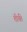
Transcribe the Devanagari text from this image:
तीर्यते